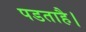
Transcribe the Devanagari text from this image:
पडताहै।